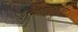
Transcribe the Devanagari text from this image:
शुभाताईबरोबर